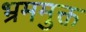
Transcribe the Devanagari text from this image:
भ्रममुक्त